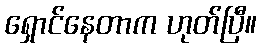
ရှောင်နေတာက ဟုတ်ပြီ။